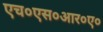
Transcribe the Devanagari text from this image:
एच०एस०आर०ए०